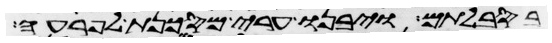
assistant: בסבלותם ויבנו ערי מסכנת לפרעה